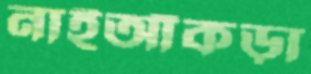
নাইআঁকড়া